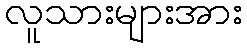
လူသားများအား